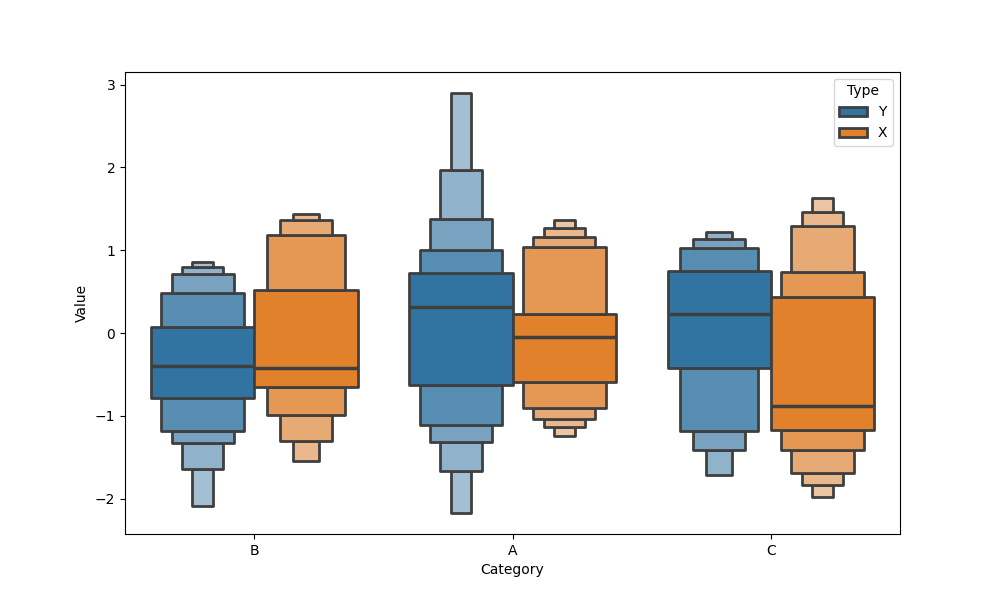
python, seaborn, boxenplot, k_depth='full', linewidth=2, scale='linear', outlier_prop=0.2, showfliers=True